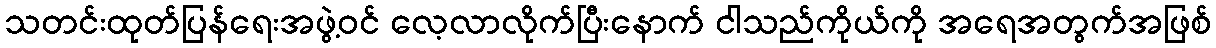
သတင်းထုတ်ပြန်ရေးအဖွဲ့ဝင် လေ့လာလိုက်ပြီးနောက် ငါသည်ကိုယ်ကို အရေအတွက်အဖြစ်